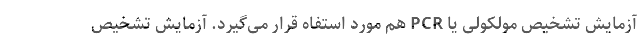
آزمایش تشخیص مولکولی یا PCR هم مورد استفاه قرار می‌گیرد. آزمایش تشخیص